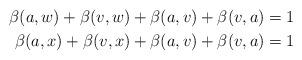
LaTeX: \begin{align*}\beta(a,w)+\beta(v,w)+\beta(a,v)+\beta(v,a) & =1\\\beta(a,x)+\beta(v,x)+\beta(a,v)+\beta(v,a) & =1\end{align*}